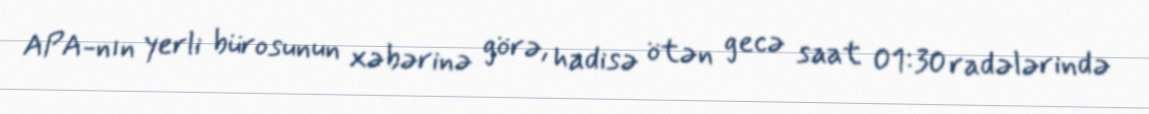
APA-nın yerli bürosunun xəbərinə görə, hadisə ötən gecə saat 01:30 radələrində